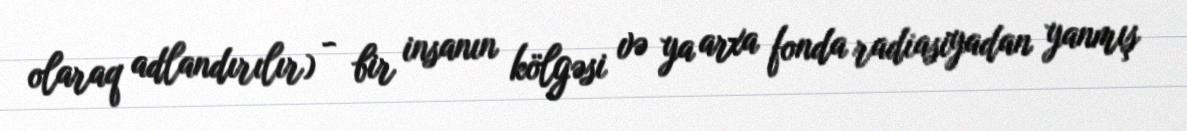
olaraq adlandırılır) - bir insanın kölgəsi və ya arxa fonda radiasiyadan yanmış